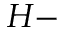
H -